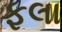
ફલા